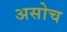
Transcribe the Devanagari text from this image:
असोच